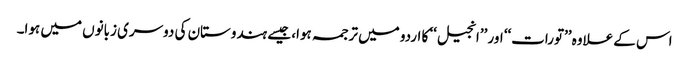
اس کے علاوہ ’’تورات‘‘ اور ’’انجیل‘‘ کا اردو میں ترجمہ ہوا، جیسے ہندوستان کی دوسری زبانوں میں ہوا۔